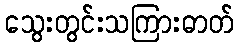
သွေးတွင်းသကြားဓာတ်